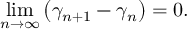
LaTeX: \operatorname* { l i m } _ { n \rightarrow \infty } \left( \gamma _ { n + 1 } - \gamma _ { n } \right) = 0 .